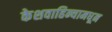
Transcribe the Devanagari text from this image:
केशवाहिन्यामधून